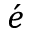
\acute { e }